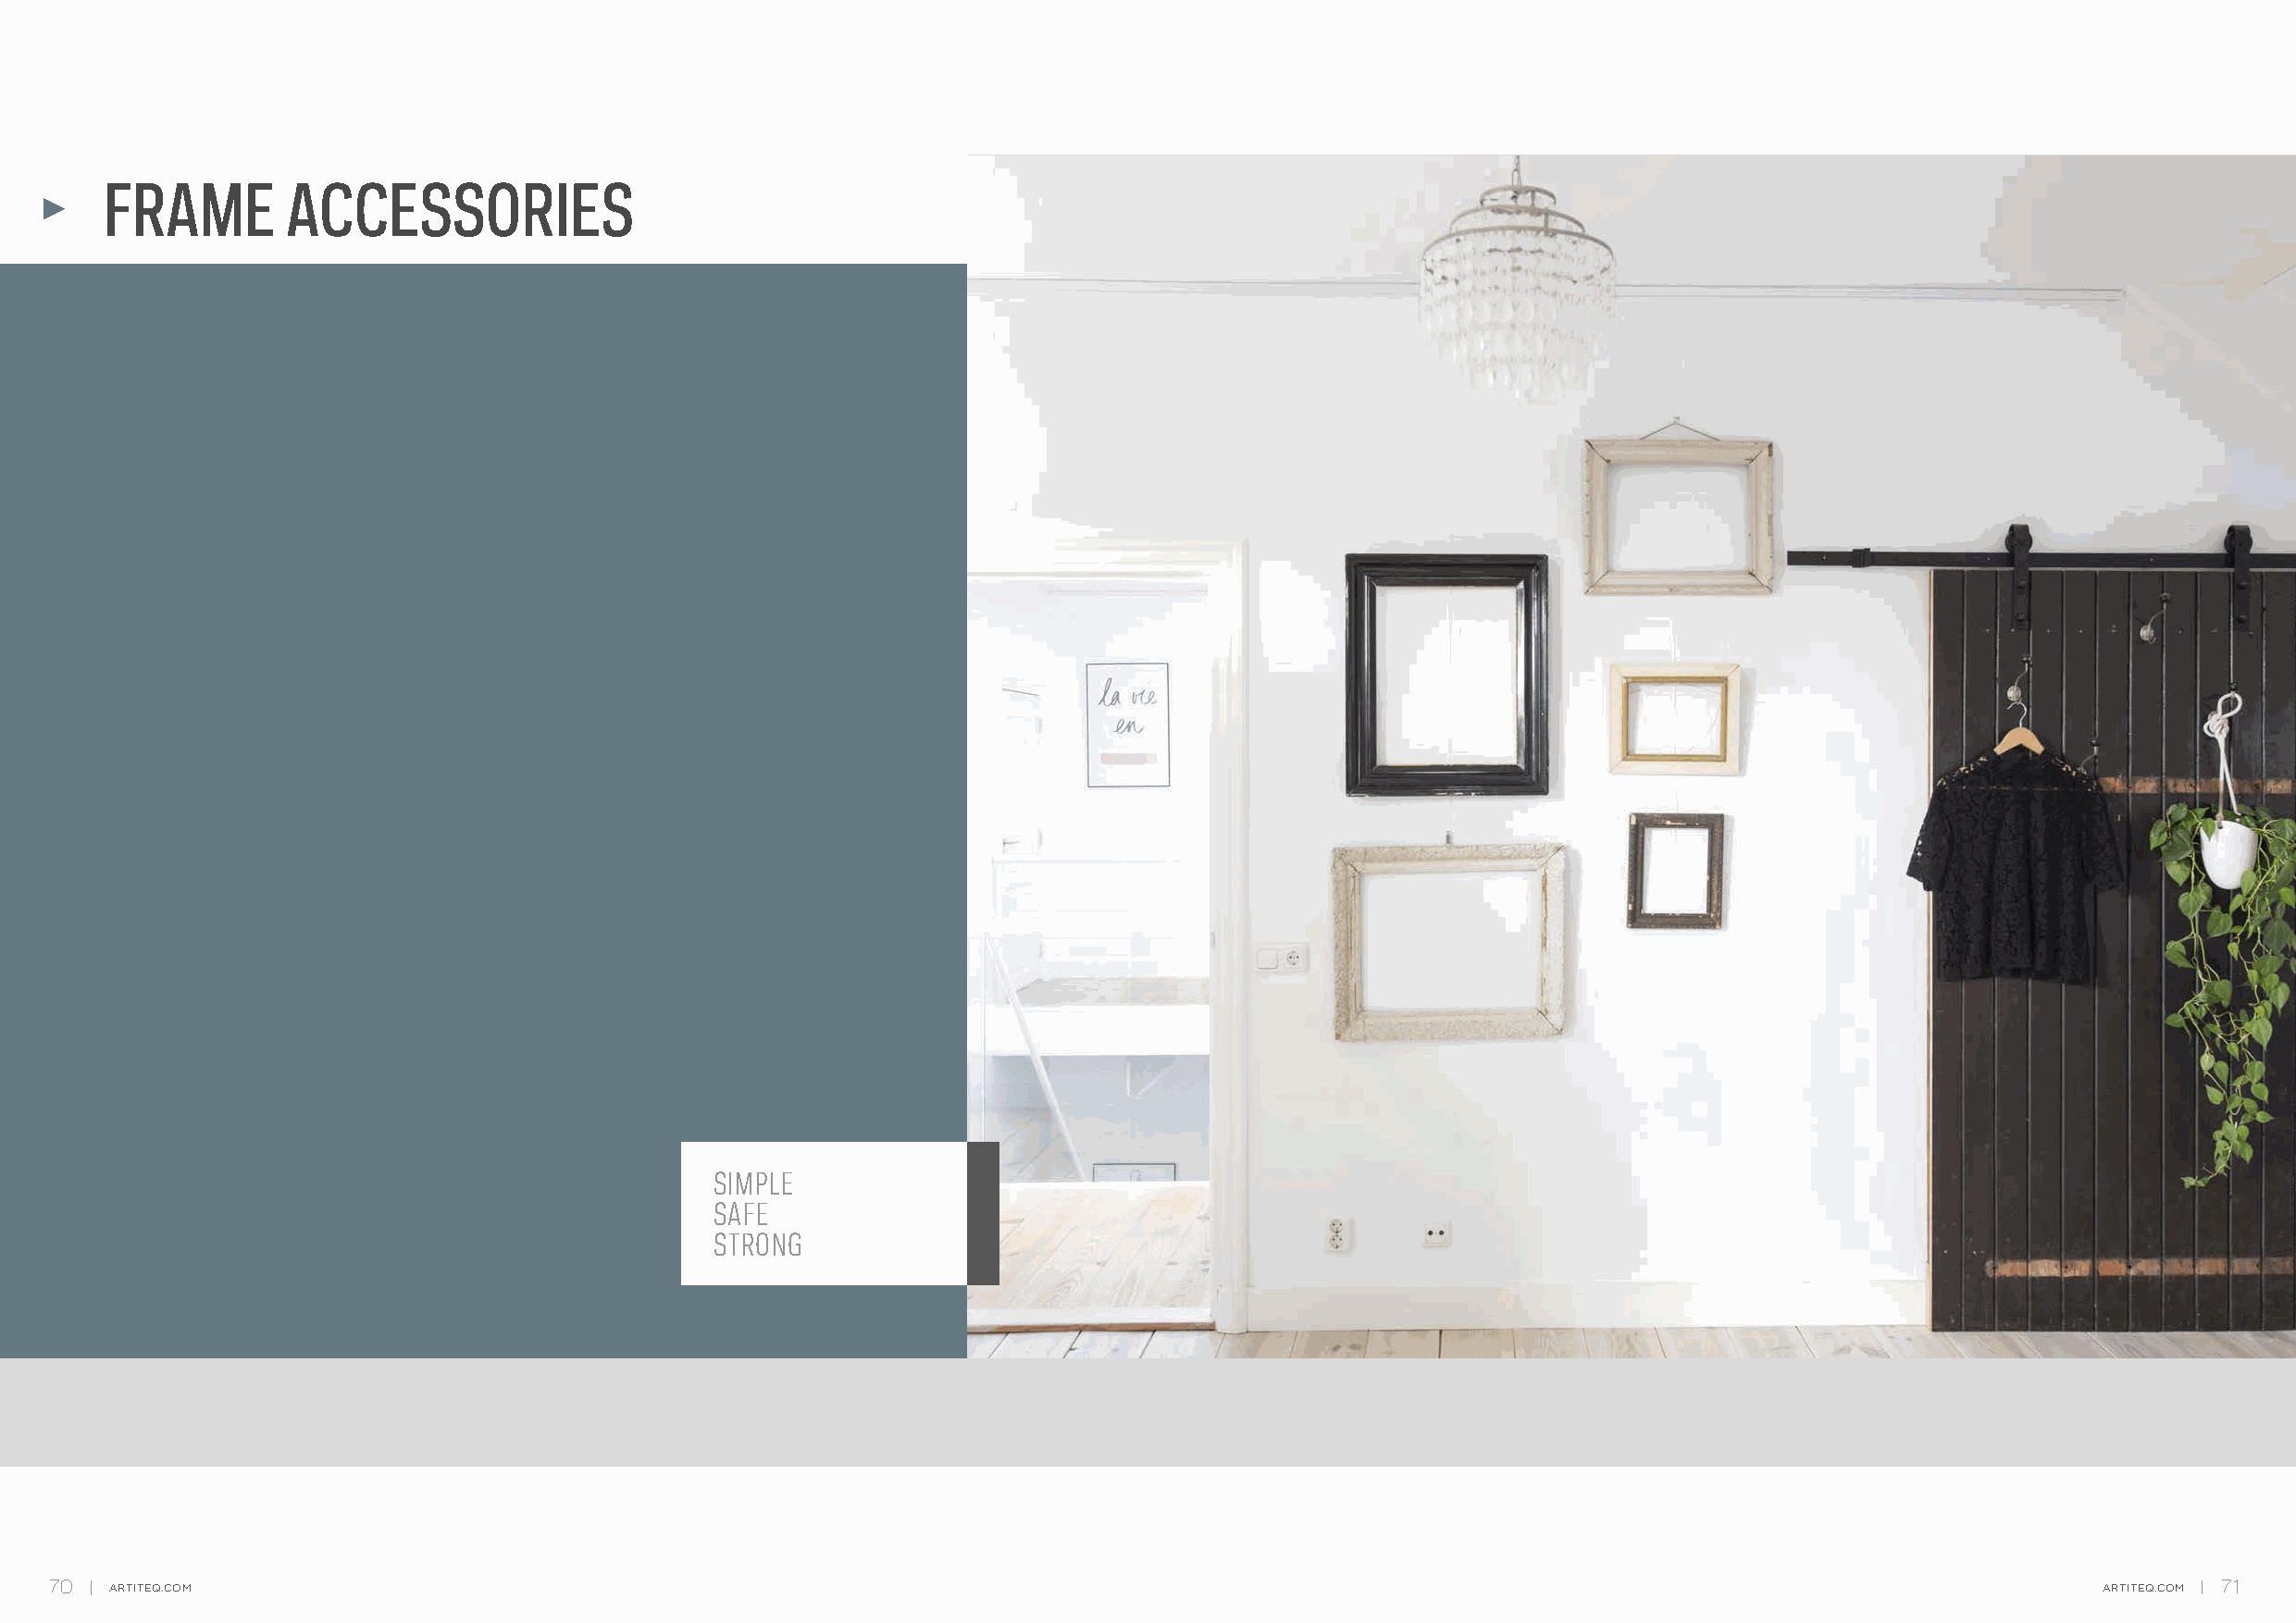
FRAME        ACCESSORIES
 SIMPLE
 SAFE
 STRONG
 70   ARTITEQ.COM                                                                                                                                   ARTITEQ.COM 71